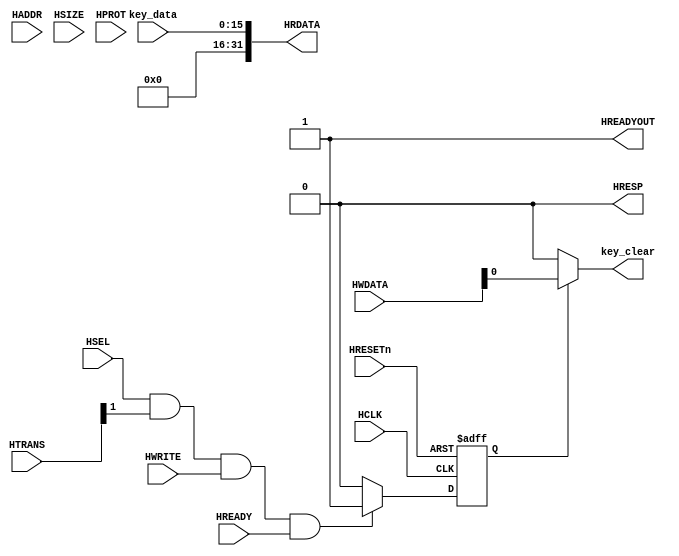
// This program was cloned from: https://github.com/flyjancy/CortexM0_SoC_Task
// License: MIT License

module AHBlite_Keyboard(
    input  wire           HCLK,
    input  wire           HRESETn,
    input  wire           HSEL,
    input  wire   [31:0]  HADDR,
    input  wire    [1:0]  HTRANS,
    input  wire    [2:0]  HSIZE,
    input  wire    [3:0]  HPROT,
    input  wire           HWRITE,
    input  wire   [31:0]  HWDATA,
    input  wire           HREADY,
    output wire           HREADYOUT,
    output wire   [31:0]  HRDATA,
    output wire           HRESP,

    input  wire   [15:0]  key_data, 
    output wire           key_clear
);

assign HRESP = 1'b0;
assign HREADYOUT = 1'b1;

wire write_en;
assign write_en = HSEL & HTRANS[1] & HWRITE & HREADY;

reg wr_en_reg;
always@(posedge HCLK or negedge HRESETn) begin
  if(~HRESETn) wr_en_reg <= 1'b0;
  else if(write_en) wr_en_reg <= 1'b1;
  else wr_en_reg <= 1'b0;
end

assign key_clear = wr_en_reg ? HWDATA[0] : 1'b0;
assign HRDATA = {16'h0,key_data};

endmodule